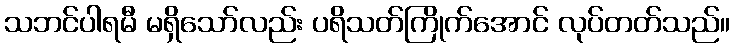
သဘင်ပါရမီ မရှိသော်လည်း ပရိသတ်ကြိုက်အောင် လုပ်တတ်သည်။